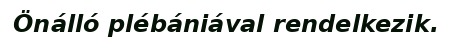
Önálló plébániával rendelkezik.